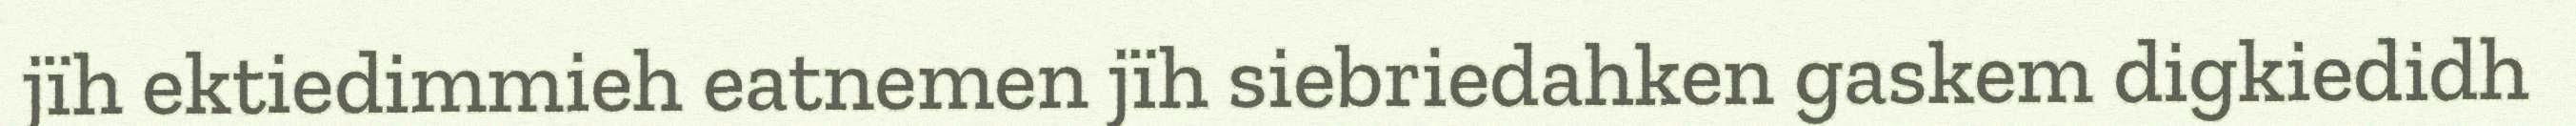
jïh ektiedimmieh eatnemen jïh siebriedahken gaskem digkiedidh